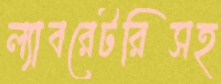
ল্যাবরেটরিসহ